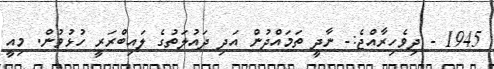
1945 - ދިވެހިރާއްޖެ:- ނާދީ ތަމައްދުން އަދި ދައުލަތުގެ ލައިބްރަރީ ހުޅުވުން. މިއީ